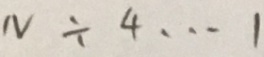
N \div 4 \cdots 1